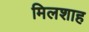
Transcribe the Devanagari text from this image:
मिलशाह